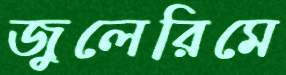
জুলেরিমে